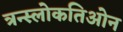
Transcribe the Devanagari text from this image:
त्रन्स्लोकतिओन